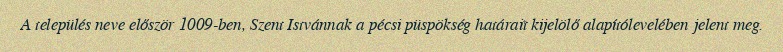
A település neve először 1009-ben, Szent Istvánnak a pécsi püspökség határait kijelölő alapítólevelében jelent meg.